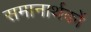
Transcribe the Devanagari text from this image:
समानार्थकों